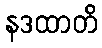
နဒထာတိ